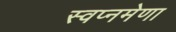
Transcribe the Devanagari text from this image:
स्वप्नमेणा